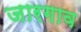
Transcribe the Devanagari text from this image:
जारगाव